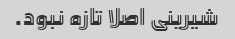
شیرینی اصلا تازه نبود.